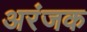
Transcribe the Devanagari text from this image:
अरंजक